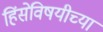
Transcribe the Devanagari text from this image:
हिंसेविषयीच्या